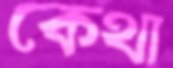
কেথা